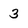
Character: 3